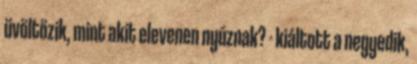
üvöltözik, mint akit elevenen nyúznak? - kiáltott a negyedik,